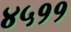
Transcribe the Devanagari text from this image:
४५११